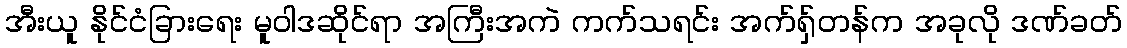
အီးယူ နိုင်ငံခြားရေး မူဝါဒဆိုင်ရာ အကြီးအကဲ ကက်သရင်း အက်ရှ်တန်က အခုလို ဒဏ်ခတ်